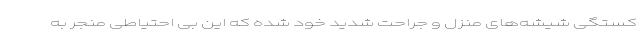
کستگی‌ شیشه‌های منزل و جراحت شدید خود شده که این بی احتیاطی منجر به